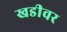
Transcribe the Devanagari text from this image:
खडीवर